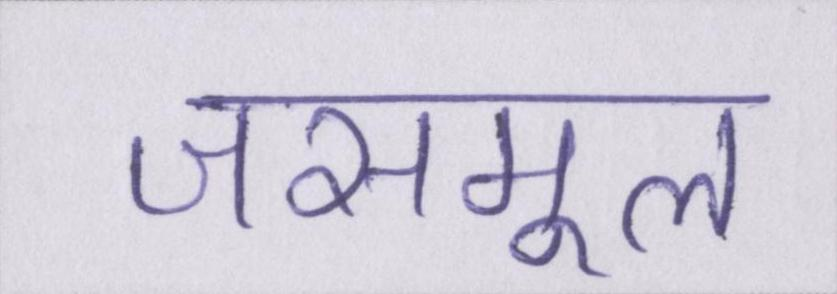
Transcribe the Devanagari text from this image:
जसमूल